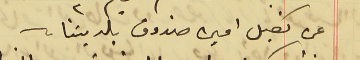
عن كفيل امين صندوق بلديتنا.